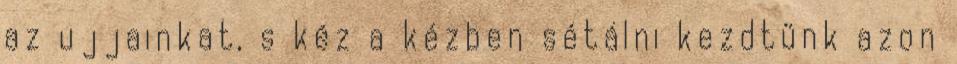
az ujjainkat, s kéz a kézben sétálni kezdtünk azon